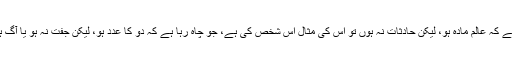
لہذا اگر کوئی یہ چاہے کہ عالم مادہ ہو، لیکن حادثات نہ ہوں تو اس کی مثال اس شخص کی ہے، جو چاہ رہا ہے کہ دو کا عدد ہو، لیکن جفت نہ ہو یا آگ ہو اور حرارت نہ ہو۔